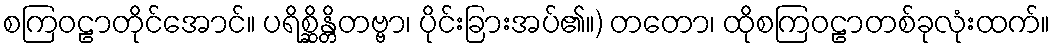
စကြဝဠာတိုင်အောင်။ ပရိစ္ဆိန္တိတဗ္ဗာ၊ ပိုင်းခြားအပ်၏။) တတော၊ ထိုစကြဝဠာတစ်ခုလုံးထက်။